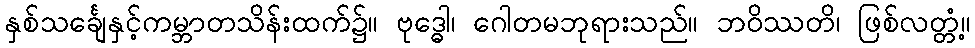
နှစ်သင်္ချေနှင့်ကမ္ဘာတသိန်းထက်၌။ ဗုဒ္ဓေါ၊ ဂေါတမဘုရားသည်။ ဘဝိဿတိ၊ ဖြစ်လတ္တံ့။